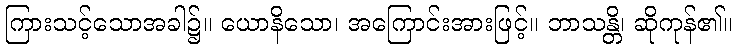
ကြားသင့်သောအခါ၌။ ယောနိသော၊ အကြောင်းအားဖြင့်။ ဘာသန္တိ၊ ဆိုကုန်၏။